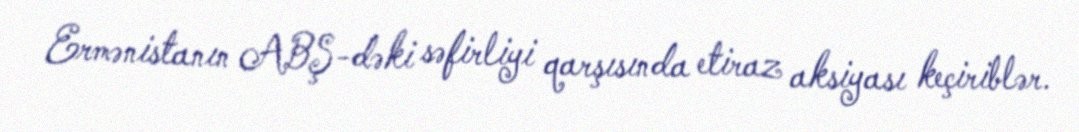
Ermənistanın ABŞ-dəki səfirliyi qarşısında etiraz aksiyası keçiriblər.